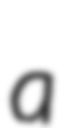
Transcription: a